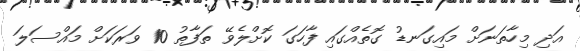
އަދި މިހާތަނަށް މައިގަނޑު ގޮތެއްގައި ފާހަގަ ކޮށްލެވޭ ތަފާތު 10 ވަރަކަށް މައްސަލަ